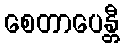
စေတာပေန္တီ